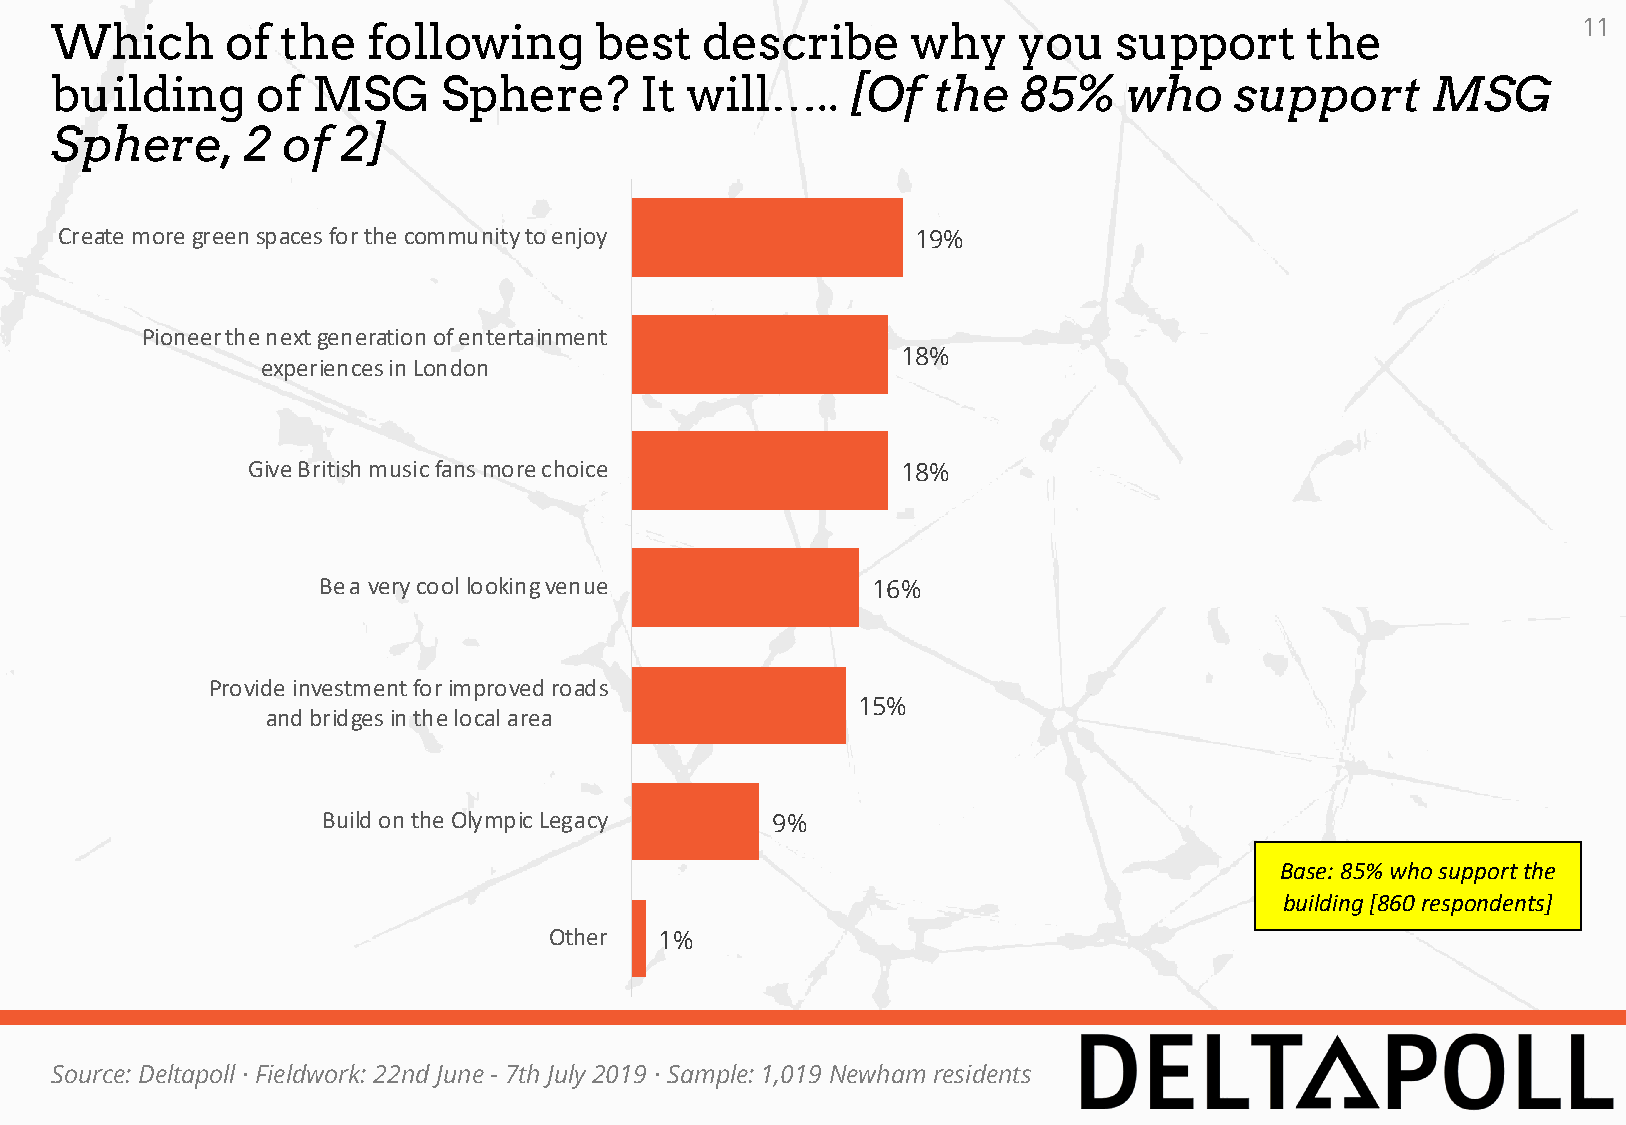
Which       of  the  following      best   describe      why    you    support     the                11
 building      of  MSG     Sphere?      It will…..    [Of   the  85%     who    support      MSG
 Sphere,      2  of  2]
 Create more green spaces for the community to enjoy      19%
 Pioneer the next generation of entertainment
 18%
 experiences in London
 Give British music fans more choice         18%
 Be a very cool looking venue         16%
 Provide investment for improved roads
 15%
 and bridges in the local area
 Build on the Olympic Legacy   9%
 Base: 85% who support the
 building [860 respondents]
 Other   1%
 Source: Deltapoll · Fieldwork: 22nd June - 7th July 2019 · Sample: 1,019 Newham residents